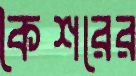
কৈশরের